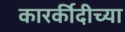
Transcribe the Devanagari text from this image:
कारर्कीदीच्या